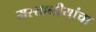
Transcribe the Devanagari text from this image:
मस्तानीयांचा